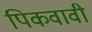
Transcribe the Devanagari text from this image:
पिकवावी